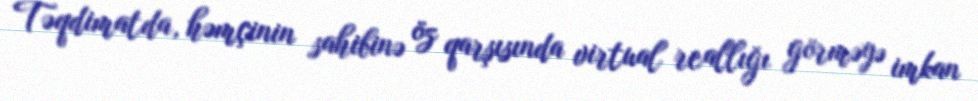
Təqdimatda, həmçinin sahibinə öz qarşısında virtual reallığı görməyə imkan